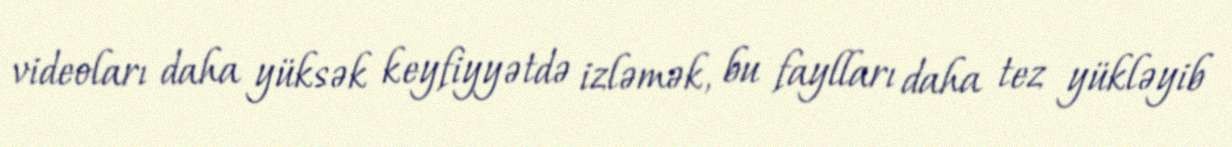
videoları daha yüksək keyfiyyətdə izləmək, bu faylları daha tez yükləyib